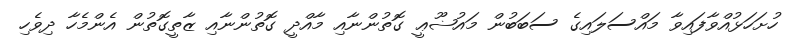
ހުށަހަޅުއްވާފައިވާ މައްސަލައިގެ ސަބަބުން މައުޟޫޢީ ގޮތުންނާއި މާއްދީ ގޮތުންނާއި ޒާތީގޮތުން އެންމެހާ ދިވެހި